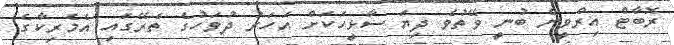
ރޮބާޓް އިރްވީން ބުނީ ވޭތުވެ ދިޔަ ސާޅީހަކަށް އަހަރު ދުވަހުގެ ތެރޭގައި އެމެރިކާގެ